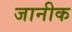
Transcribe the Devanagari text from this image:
जानीक